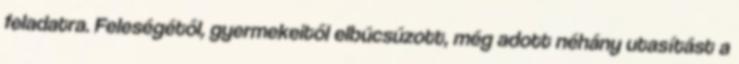
feladatra. Feleségétől, gyermekeitől elbúcsúzott, még adott néhány utasítást a